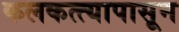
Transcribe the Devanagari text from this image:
कलकत्त्यापासून